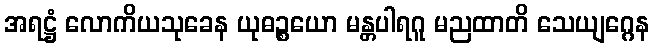
အရဋ္ဌံ လောကိယသုခေန ယုဓဉ္စယော မန္တပါရဂူ မညထာတိ သေယျဂ္ဂေန